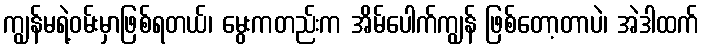
ကျွန်မရဲ့ဝမ်းမှာဖြစ်ရတယ်၊ မွေးကတည်းက အိမ်ပေါက်ကျွန် ဖြစ်တော့တာပဲ၊ အဲဒါထက်